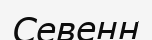
Севенн